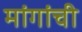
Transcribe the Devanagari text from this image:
मांगांची